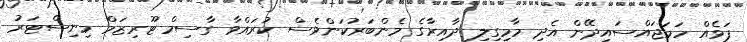
ފަޅެއް ހަމަޖައްސައިދޭން އެދި މާމިގިލި ދާއިރާގެ މެންބަރުކަންވެސް ކުރައްވާ ގާސިމް ޓޫރިޒަމް މިނިސްޓަރު